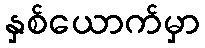
နှစ်ယောက်မှာ